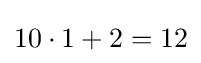
10\cdot 1+2=12